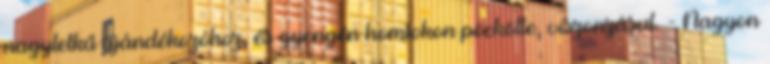
nagylelkű ajándékozóhoz, és gyengén homlokon pöckölte, viszonzásul. - Nagyon